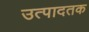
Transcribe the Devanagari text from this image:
उत्पादतक